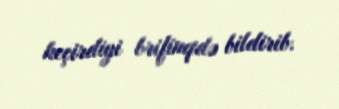
keçirdiyi brifinqdə bildirib.